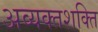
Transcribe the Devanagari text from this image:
अव्यक्तशक्ति